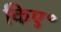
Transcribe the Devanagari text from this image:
किए॰